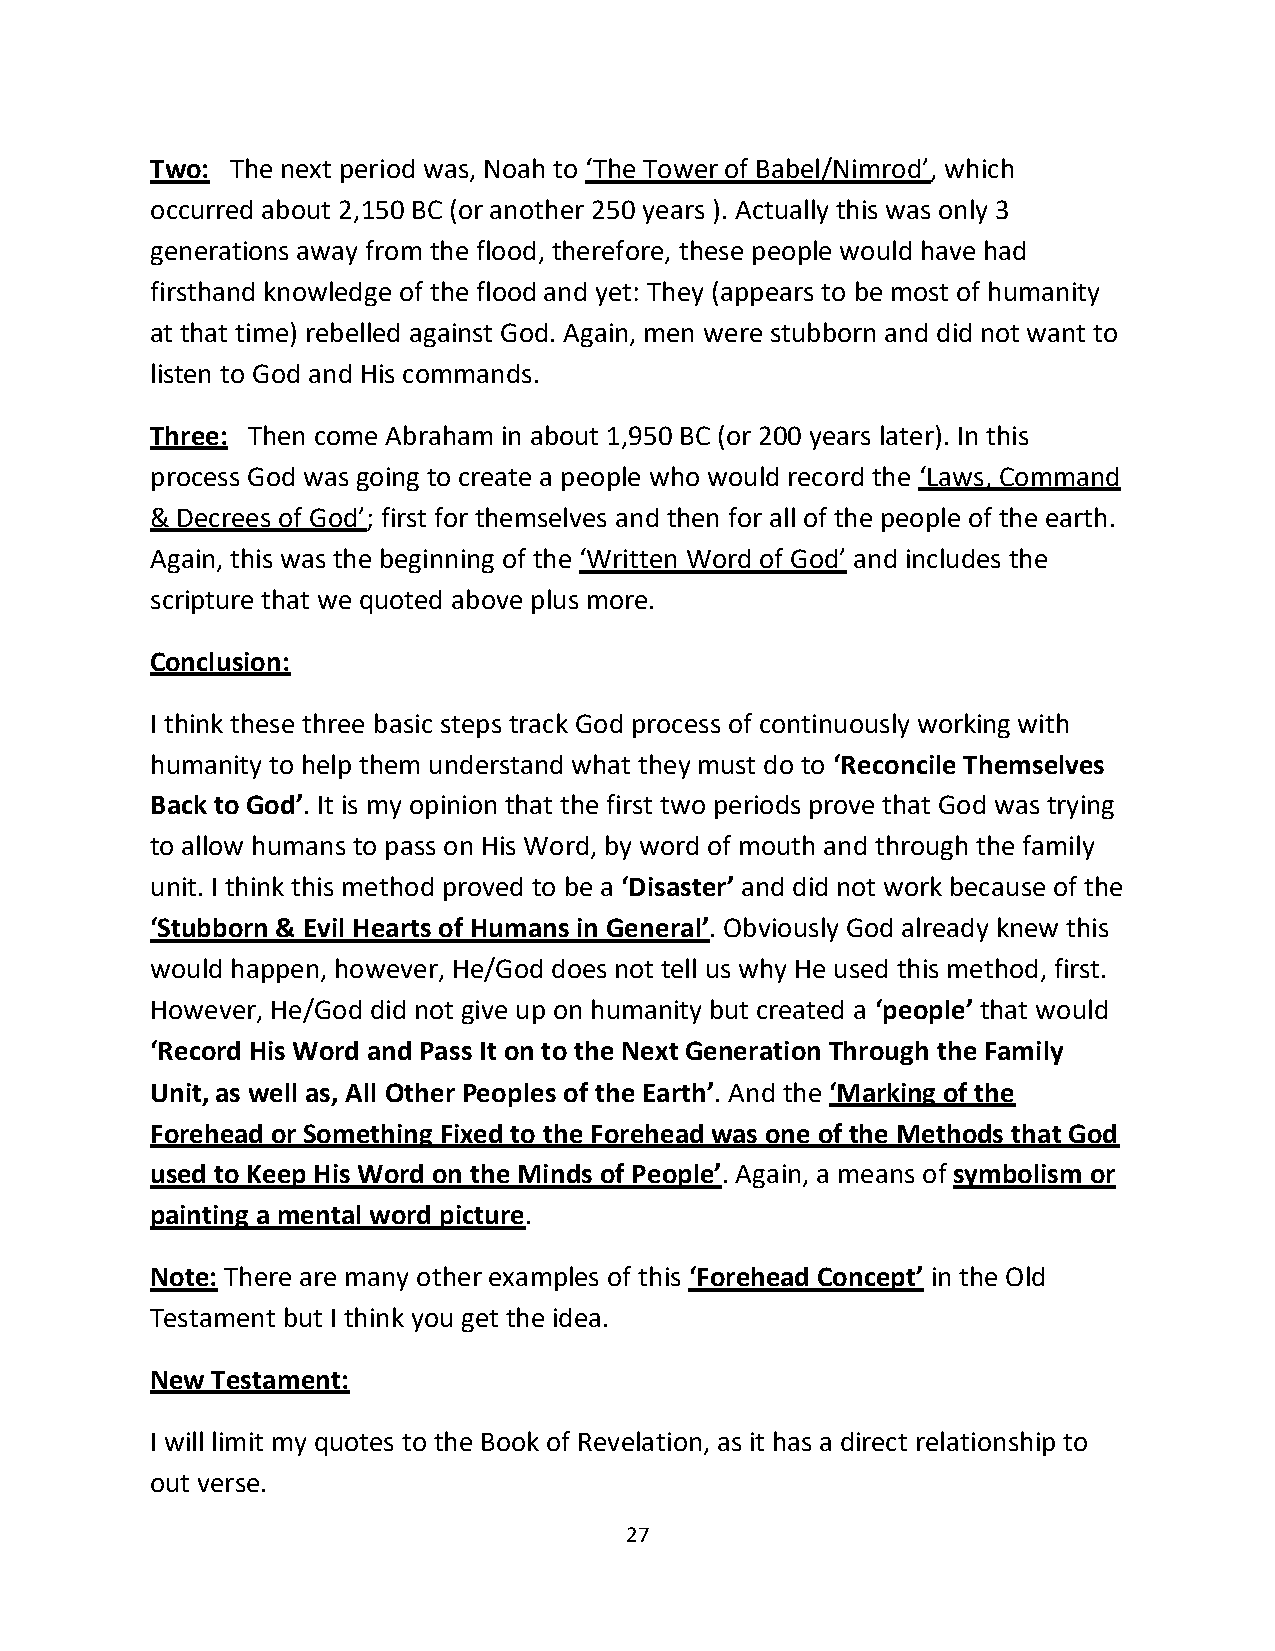
Two: The next period was, Noah to ‘The Tower of Babel/Nimrod’, which
 occurred about 2,150 BC (or another 250 years ). Actually this was only 3
 generations away from the flood, therefore, these people would have had
 firsthand knowledge of the flood and yet: They (appears to be most of humanity
 at that time) rebelled against God. Again, men were stubborn and did not want to
 listen to God and His commands.
 Three: Then come Abraham in about 1,950 BC (or 200 years later). In this
 process God was going to create a people who would record the ‘Laws, Command
 & Decrees of God’; first for themselves and then for all of the people of the earth.
 Again, this was the beginning of the ‘Written Word of God’ and includes the
 scripture that we quoted above plus more.
 Conclusion:
 I think these three basic steps track God process of continuously working with
 humanity to help them understand what they must do to ‘Reconcile Themselves
 Back to God’. It is my opinion that the first two periods prove that God was trying
 to allow humans to pass on His Word, by word of mouth and through the family
 unit. I think this method proved to be a ‘Disaster’ and did not work because of the
 ‘Stubborn & Evil Hearts of Humans in General’. Obviously God already knew this
 would happen, however, He/God does not tell us why He used this method, first.
 However, He/God did not give up on humanity but created a ‘people’ that would
 ‘Record His Word and Pass It on to the Next Generation Through the Family
 Unit, as well as, All Other Peoples of the Earth’. And the ‘Marking of the
 Forehead or Something Fixed to the Forehead was one of the Methods that God
 used to Keep His Word on the Minds of People’. Again, a means of symbolism or
 painting a mental word picture.
 Note: There are many other examples of this ‘Forehead Concept’ in the Old
 Testament but I think you get the idea.
 New Testament:
 I will limit my quotes to the Book of Revelation, as it has a direct relationship to
 out verse.
 27